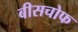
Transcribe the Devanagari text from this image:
बीसचोफ